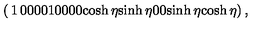
\left( \begin{matrix} { 1 } & { 0 } & { 0 } & { 0 } \\ { 0 } & { 1 } & { 0 } & { 0 } \\ { 0 } & { 0 } & { \cosh \eta } & { \sinh \eta } \\ { 0 } & { 0 } & { \sinh \eta } & { \cosh \eta } \\ \end{matrix} \right) ,